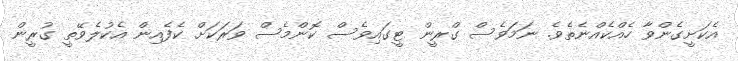
އެކަށީގެންވާ ހެއްކެއްނެތެވެ. ނަމަވެސް ގްރީން ޓީގައިވެސް ކޮންމެސް ވަރަކަށް ކެފެއިން އެކުލެވޭތީ ގުރީން